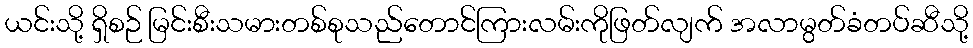
ယင်းသို့ ရှိစဉ် မြင်းစီးသမားတစ်စုသည်တောင်ကြားလမ်းကိုဖြတ်လျက် အလာမွတ်ခံတပ်ဆီသို့